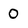
Character: 0